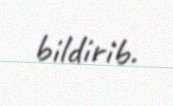
bildirib.